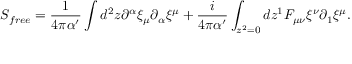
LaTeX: S _ { f r e e } = \frac { 1 } { 4 \pi \alpha ^ { \prime } } \int d ^ { 2 } z \partial ^ { \alpha } \xi _ { \mu } \partial _ { \alpha } \xi ^ { \mu } + \frac { i } { 4 \pi \alpha ^ { \prime } } \int _ { z ^ { 2 } = 0 } d z ^ { 1 } F _ { \mu \nu } \xi ^ { \nu } \partial _ { 1 } \xi ^ { \mu } .